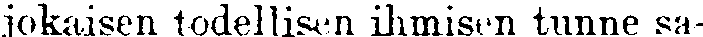
jokaisen todellisen ihmisen tunne sa-